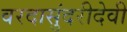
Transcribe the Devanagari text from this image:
वरदासुंदरीदेवी